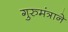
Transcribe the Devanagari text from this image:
गुरुमंत्राने